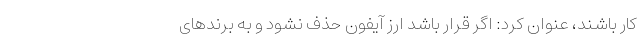
کار باشند، عنوان کرد: اگر قرار باشد ارز آیفون حذف نشود و به برندهای